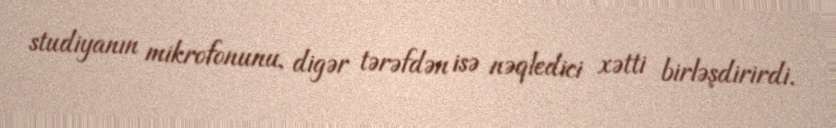
studiyanın mikrofonunu, digər tərəfdən isə nəqledici xətti birləşdirirdi.